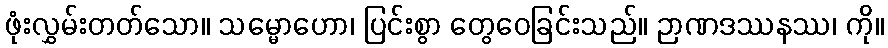
ဖုံးလွှမ်းတတ်သော။ သမ္မောဟော၊ ပြင်းစွာ တွေဝေခြင်းသည်။ ဉာဏဒဿနဿ၊ ကို။